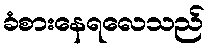
ခံစားနေရလေသည်